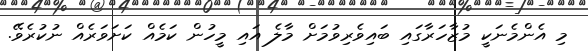
މި އެންމެނަކީ މުޒާހަރާގައި ބައިވެރިވުމަށް މާލެ އައި މީހުން ކަމެއް ކަށަވަރެއް ނުކުރެވޭ.